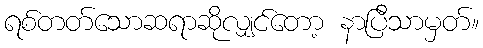
ရစ်တတ်သောဆရာဆိုလျှင်တော့ နာပြီသာမှတ်။